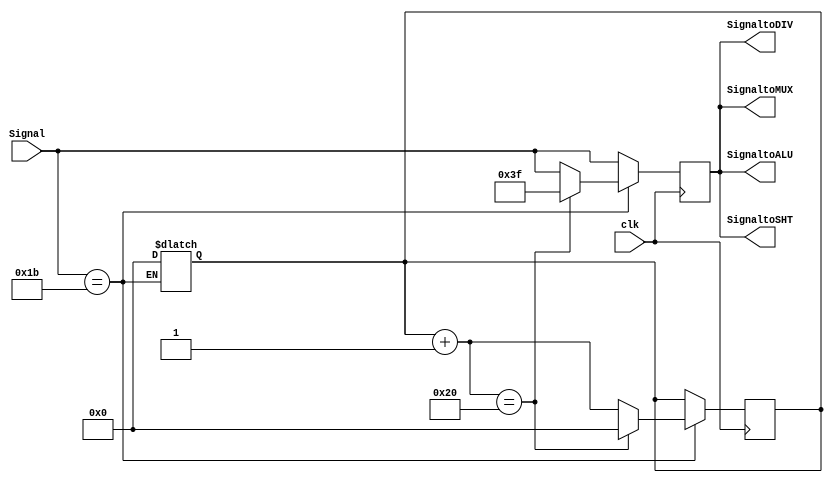
`timescale 1ns/1ns
module ALUControl( clk, Signal, SignaltoALU, SignaltoSHT, SignaltoDIV, SignaltoMUX );
input clk ;
input [5:0] Signal ;
output [5:0] SignaltoALU ;
output [5:0] SignaltoSHT ;
output [5:0] SignaltoDIV ;
output [5:0] SignaltoMUX ;

//   Signal ( 6-bits)?
//   AND  : 36
//   OR   : 37
//   ADD  : 32
//   SUB  : 34
//   SRL  : 2
//   SLT  : 42
//   DIVU : 27


reg [5:0] temp ;
reg [6:0] counter ;


parameter AND = 6'b100100;
parameter OR  = 6'b100101;
parameter ADD = 6'b100000;
parameter SUB = 6'b100010;
parameter SLT = 6'b101010;

parameter SRL = 6'b000010;

parameter DIVU= 6'b011011;
parameter MFHI= 6'b010000;
parameter MFLO= 6'b010010;
/*
wqUT
*/

/*
=====================================================
UdA{gvWkg
=====================================================
*/
always@( Signal )
begin
  if ( Signal == DIVU )
  begin
    counter = 0 ;
  end
/*
pGTk Ncounterk0
*/
end

always@( posedge clk )
begin
  temp = Signal ;
  if ( Signal == DIVU )
  begin
    counter = counter + 1 ;
    if ( counter == 32 )
    begin
      temp = 6'b111111 ; // Open HiLo reg for Div
      counter = 0 ;
    end
  end
/*
32clkM}HiLoskih
*/
end


assign SignaltoALU = temp ;
assign SignaltoSHT = temp ;
assign SignaltoDIV = temp ;
assign SignaltoMUX = temp ;


endmodule